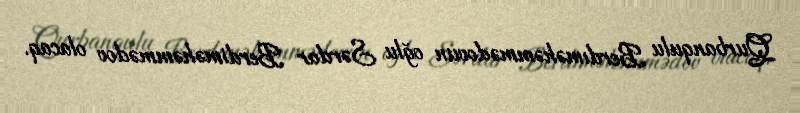
Qurbanqulu Berdıməhəmmədovun oğlu Sərdar Berdiməhəmmədov olacaq.